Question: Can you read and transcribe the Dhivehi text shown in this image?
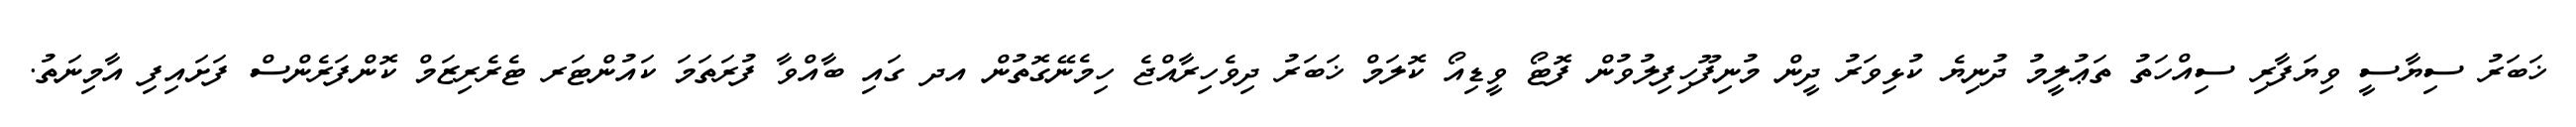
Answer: ޚަބަރު ސިޔާސީ ވިޔަފާރި ސިއްހަތު ތަޢުލީމު ދުނިޔެ ކުޅިވަރު ދީން މުނިފޫހިފިލުވުން ފޮޓޯ ވީޑިއޯ ކޮލަމް ޚަބަރު ދިވެހިރާއްޖެ ހިމެނޭގޮތުން އދ ގައި ބާއްވާ ފުރަތަމަ ކައުންޓަރ ޓެރެރިޒަމް ކޮންފަރެންސް ފަށައިފި އާމިނަތު.